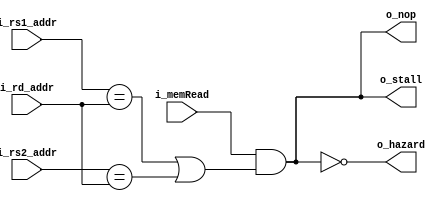
// to deal with load hazard
module hazard_detector (
    input           i_memRead,
    input [4:0]     i_rs1_addr,
    input [4:0]     i_rs2_addr,
    input [4:0]     i_rd_addr,
    
    output          o_stall,
    output          o_nop,
    output          o_hazard
);

    assign o_stall = (i_memRead && ((i_rs1_addr == i_rd_addr) || (i_rs2_addr == i_rd_addr)));
    assign o_nop = o_stall;
    assign o_hazard = ~o_stall;
    
endmodule